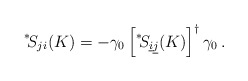
\begin{align*}\displaystyle{ \raisebox{0.6ex}{\scriptsize{*}}} \! S_{j i} (K) = - \gamma_0 \left[ \displaystyle{ \raisebox{0.6ex}{\scriptsize{*}}} \! S_{\underline{i} \underline{j}} (K) \right]^\dagger \gamma_0 \, .\end{align*}